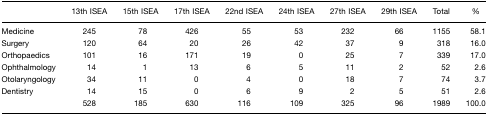
<table><thead><tr><td></td><td><b>13th ISEA</b></td><td><b>15th ISEA</b></td><td><b>17th ISEA</b></td><td><b>22nd ISEA</b></td><td><b>24th ISEA</b></td><td><b>27th ISEA</b></td><td><b>29th ISEA</b></td><td><b>Total</b></td><td><b>%</b></td></tr></thead><tbody><tr><td>Medicine</td><td>245</td><td>78</td><td>426</td><td>55</td><td>53</td><td>232</td><td>66</td><td>1155</td><td>58.1</td></tr><tr><td>Surgery</td><td>120</td><td>64</td><td>20</td><td>26</td><td>42</td><td>37</td><td>9</td><td>318</td><td>16.0</td></tr><tr><td>Orthopaedics</td><td>101</td><td>16</td><td>171</td><td>19</td><td>0</td><td>25</td><td>7</td><td>339</td><td>17.0</td></tr><tr><td>Ophthalmology</td><td>14</td><td>1</td><td>13</td><td>6</td><td>5</td><td>11</td><td>2</td><td>52</td><td>2.6</td></tr><tr><td>Otolaryngology</td><td>34</td><td>11</td><td>0</td><td>4</td><td>0</td><td>18</td><td>7</td><td>74</td><td>3.7</td></tr><tr><td>Dentistry</td><td>14</td><td>15</td><td>0</td><td>6</td><td>9</td><td>2</td><td>5</td><td>51</td><td>2.6</td></tr><tr><td></td><td>528</td><td>185</td><td>630</td><td>116</td><td>109</td><td>325</td><td>96</td><td>1989</td><td>100.0</td></tr></tbody></table>